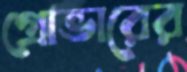
গ্রোভারের